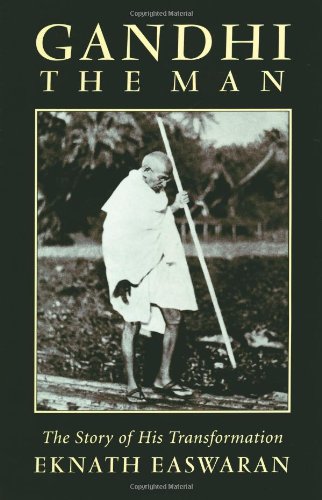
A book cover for Gandhi the Man: The Story of His Transformation, 3rd Edition; Eknath Easwaran; Religion & Spirituality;